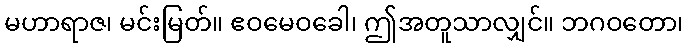
မဟာရာဇ၊ မင်းမြတ်။ ဧဝမေဝခေါ၊ ဤအတူသာလျှင်။ ဘဂဝတော၊